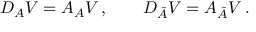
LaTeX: { \cal D } _ { A } { \cal V } = { \cal A } _ { A } { \cal V } \, , \qquad { \cal D } _ { \bar { A } } { \cal V } = { \cal A } _ { \bar { A } } { \cal V } \, .